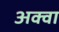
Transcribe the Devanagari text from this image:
अक्वा